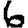
Digit: 6